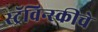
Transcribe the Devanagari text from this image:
स्ट्रॅविन्स्कीचे